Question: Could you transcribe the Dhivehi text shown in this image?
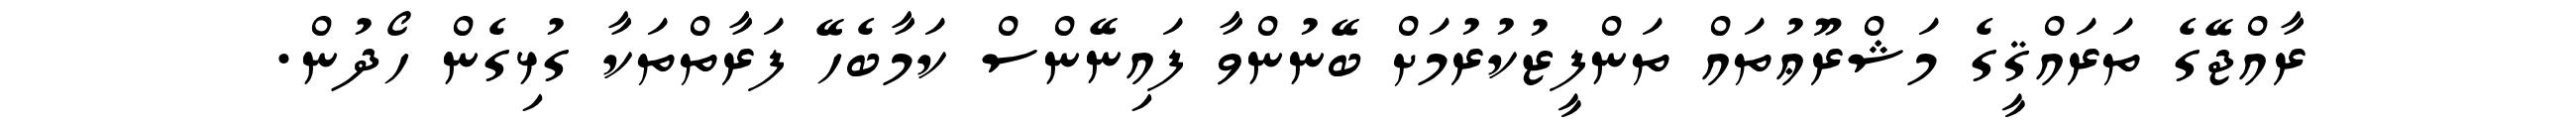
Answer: ރާއްޖޭގެ ތަރައްޤީގެ މަޝްރޫޢުތައް ތަންފީޒުކުރުމަށް ބޭނުންވާ ފައިނޭންސް ކަމާބެހޭ ފަރާތްތަކާ ގުޅިގެން ހޯދުން.